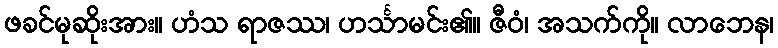
ဖခင်မုဆိုးအား။ ဟံသ ရာဇဿ၊ ဟင်္သာမင်း၏။ ဇီဝံ၊ အသက်ကို။ လာဘေန၊